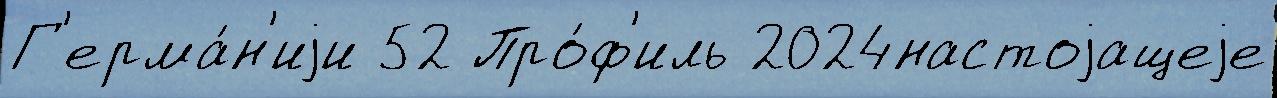
Г'ерма́н'иjи 52 Про́ф'иль 2024настоjащеjе